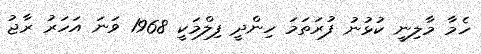
ހެމާ މާލިނީ ކުޅުނު ފުރަތަމަ ހިންދީ ފިލްމަކީ 1968 ވަނަ އަހަރު ރާޖު